Civil Veterinary Dept. Bombay admin report 1907-1913 - 1907-1913
Year: 1907
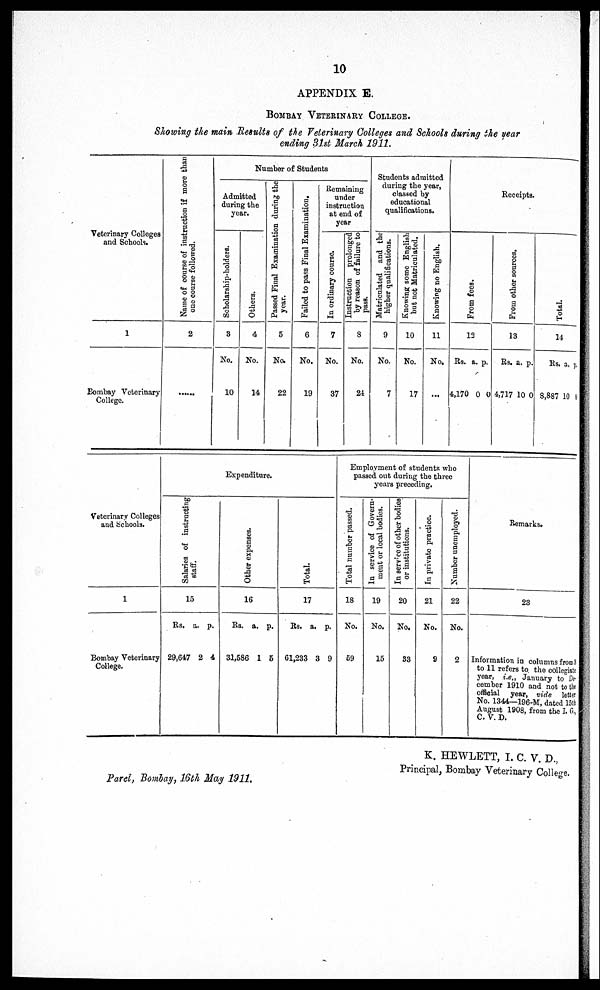
10
APPENDIX E.
BOMBAY VETERINARY COLLEGE.
Showing the main Results of the Veterinary Colleges and Schools during the year
ending 31st March 1911.
Veterinary Colleges
and Schools.
1
Bombay Veterinary
College.
Name of course of instruction if more than
one course followed.
2
......
Number of Students
Admitted
during the
year.
Scholarship-holders.
3
No.
10
Others.
4
No.
14
Passed Final Examination during the
year.
5
No.
22
Failed to pass Final Examination.
6
No.
19
Remaining
under
instruction
at end of
year.
In ordinary course.
7
No.
37
Instruction prolonged
by reason of failure to
pass.
8
No.
21
Students admitted
during the year,
classed by
educational
qualifications.
Matriculated and the
higher qualifications.
9
No.
7
Knowing some English
but not Matriculated.
10
No.
17
Knowing no English.
11
No.
...
Receipts.
Fr om fees.
12
Rs.
4,170
a.
0
p.
0
Fr om other sources.
13
Rs.
4,717
a.
10
p.
0
Tot al .
14
Rs.
8,887
a.
10 0
p.
Veterinary Colleges
and Schools.
1
Bombay Veterinary
College.
Expenditure.
Sal ar i
es of i
ns t
r uct i
ng
staff.
15
Rs.
29,647
a.
2
p.
4
Ot her expens es .
16
Rs.
31,586
a.
1
p.
6
Tot al .
17
Rs.
61,233
a.
3
p.
9
Employment of students who
passed out during the three
years preceding.
Total number passed.
18
No.
59
In service of Govern-
ment or local bodies.
19
No.
15
In servicc of other bodies
or institutions.
20
No.
33
In private practice.
21
No.
9
Number unemployed.
22
No.
2
Remarks.
23
Information in columns from 3
to 11 refers to. the collegiate
year, i.e., January to De-
cember 1910 and not to the
official year, vide letter
No. 1344—196-M, dated 15th
August 1908, from the I. G.
C. V. D.
Parel, Bombay, 16th May 1911.
K. HEWLETT, I. C. V. D.,
Principal, Bombay Veterinary College.